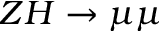
Z H \to \mu \mu